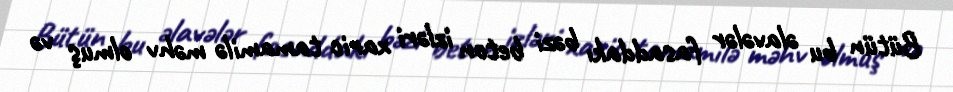
Bütün bu əlavələr fasaddakı bəzi beton izləri xaric tamamilə məhv olmuş və